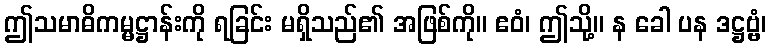
ဤသမာဓိကမ္မဋ္ဌာန်းကို ရခြင်း မရှိသည်၏ အဖြစ်ကို။ ဧဝံ၊ ဤသို့။ န ခေါ ပန ဒဋ္ဌဗ္ဗံ၊